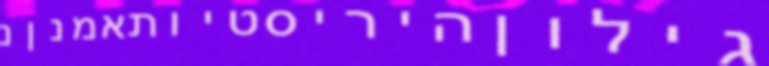
גילוןהיריסטיותאמנןנ